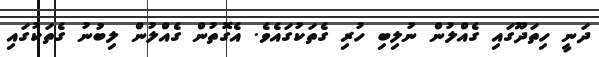
ދަނީ ހިތަދޫގައި ގެއްލުން ނުލިބި ހުރި ގެތަކުގައެވެ. އެގޮތުން ގެއްލުން ލިބުނު ގެތަކުގައި